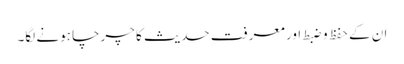
ان کے حفظ و ضبط اور معرفتِ حدیث کا چرچا ہونے لگا۔